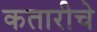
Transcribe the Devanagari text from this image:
कतारीचे